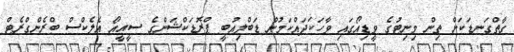
ގާތްގަނޑަކަށް ތިން މިނިޓުގެ ވީޑިއޯގައި ވާހަކަދައްކަމުން ޑަބްލިއުބީ ޕްރޮޑަކްޝަންގެ ސީއީއޯ އެެލެކްސް ބްރެންގްރެޓް